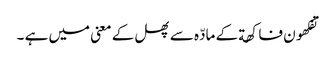
تفکھون فاکھة کے مادّہ سے پھل کے معنی میں ہے ۔